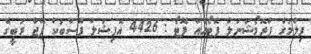
ފިލްމުގެ ޕްރޮމޯޝަނަލް ފޮޓޯއެއް ފޮޓޯ : 4426 އޮފިޝަލް ފޭސްބުކް ޕޭޖް ރުބީގެ